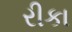
રીકા